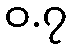
ဝ.၇